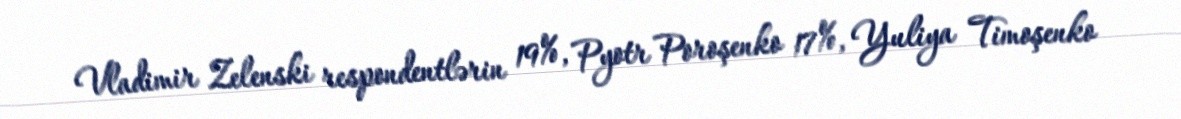
Vladimir Zelenski respondentlərin 19%, Pyotr Poroşenko 17%, Yuliya Timoşenko